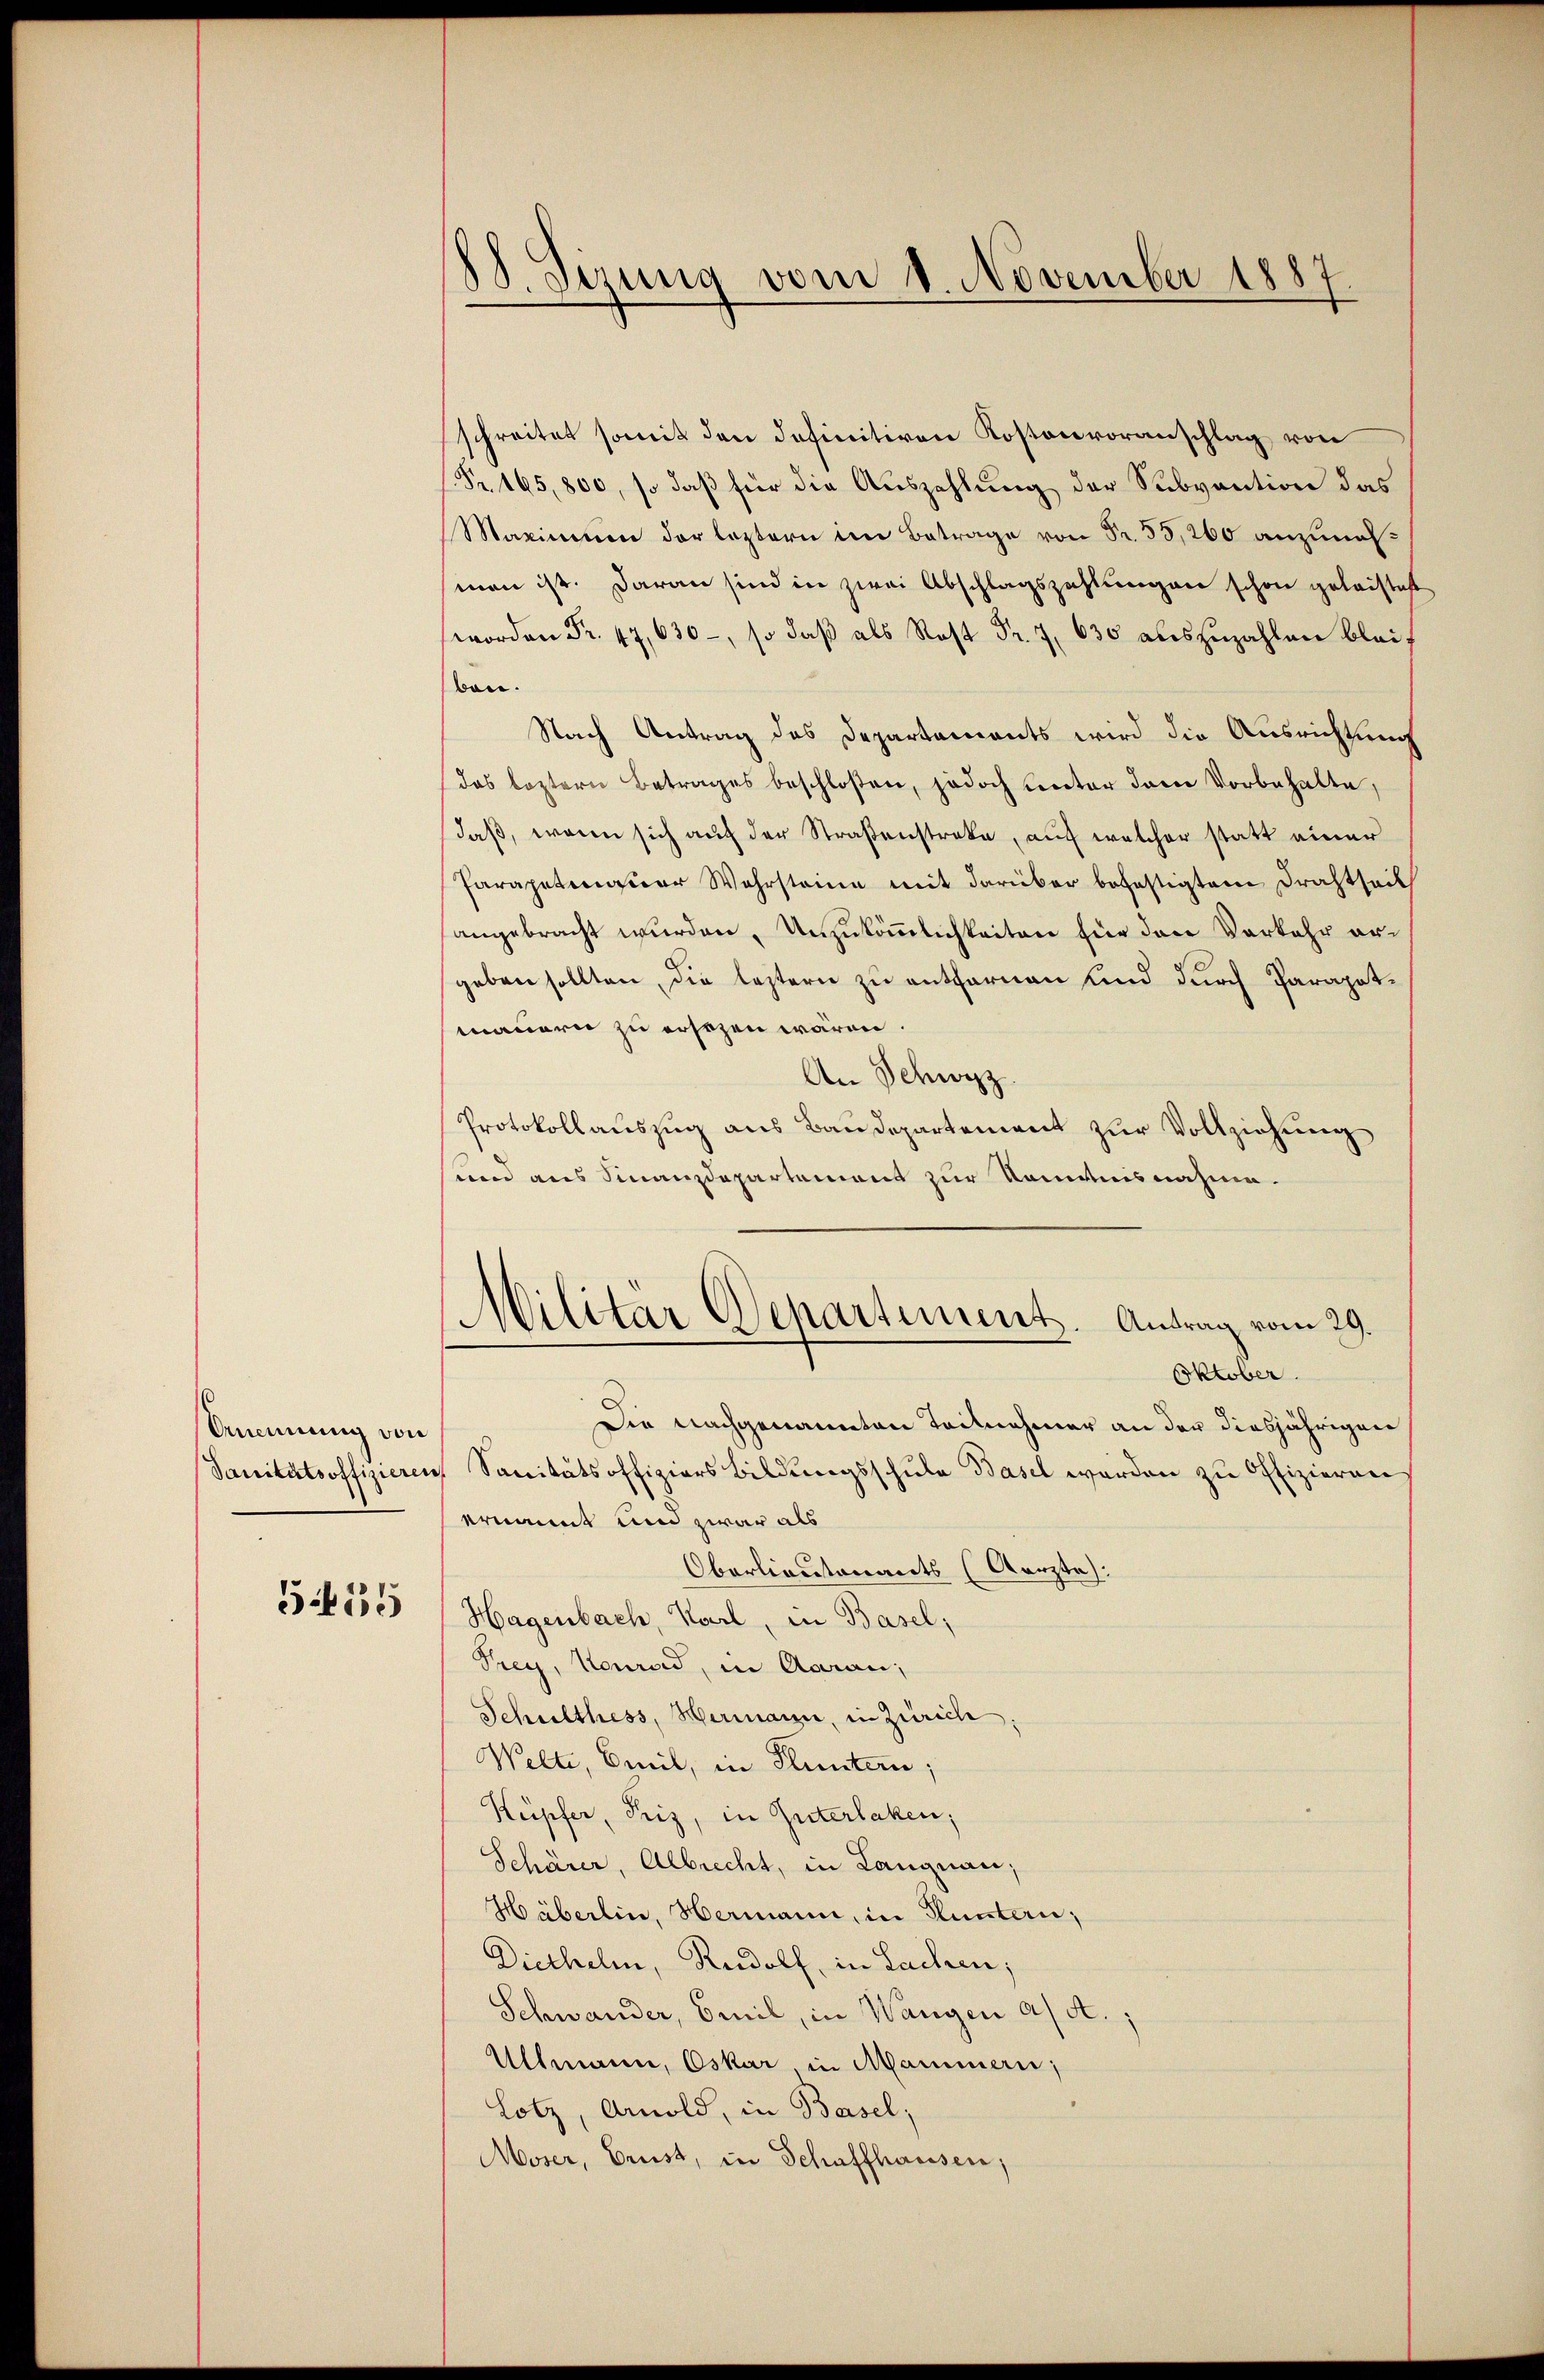
Unennung von

515

d
Sizung vom 8. November 1887.

schreitet somit den definitiven Kostenvoranschlag von
Nr. 165,800, so daß für die Auszahlung der Subvention das
Maximen der leztern im Betrage von Fr. 55,200 anzunehman ist. Daran sind in zwei Abschlagszahlungen schon geleisteh
worden Fr. 47, 630, so daβ als Rost Fr. 7. 630 auszuzahlen bleif
bon.
Nach Antrag des Departaments wird die Ausrichtung
das leztern Betrages beschloßen, jedoch unter dem Vorbehalte,
daß, wenn sich auf der Straßenstreke, auf welcher statt einer
Parapetmaier Wahrsteine mit darüber befestigtem Drahtseit
angebracht wurden, Unzukömmlichkeiten für den Vorkehr ergeben sollten, die leztern zu entfernen sind durch Parapotmauern zu ersezen wären.
An Schwyz
Protokollauszug aus Baudepartement zur Vollziehung
und aus Finanzdepartement zur Kenntnisnahme.
Militär Departement. Antrag vom 29.
Oktober.
Die nachgenannten Teilnehmer an der diesjährigen
Sanitätsoffizieren Sanitätsoffiziers Bildungsschule Basel werden zu Offizierung
ernannt und zwar als
Oberlieutenants (Aerzte:
Hagenbach, Karl, in Basel;
Prey, Neurad, in Aarau,
Schulthess, Hermann, in Zürich;
Welti, Emil, in Fluntern;
Küpfer, Friz, in Güterlaken,
Schärer, Albrecht, in Langnau,
Häberlin, Hermann, in Fluntern;
Diethelm, Rudolf, in Sachen;
Schwander, Omil, in Wangen a/A.,
Allmann, Oskar in Mammern;
Lotz, Arnold, in Basel,
Moser, Brust, in Schaffhausen,